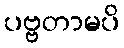
ပဗ္ဗတာမပိ